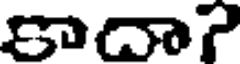
కాదా?